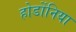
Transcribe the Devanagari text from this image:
होर्डोनिया